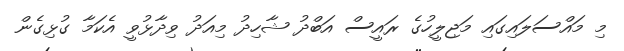
މި މައްސަލައިގައި މަޖިލީހުގެ ރައީސް އަބްދު ޝާހިދު މިއަދު ވިދާޅުވީ އެކަމާ ގުޅިގެން